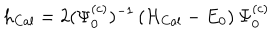
h _ { \mathrm { C a l } } = 2 ( \Psi _ { 0 } ^ { ( c ) } ) ^ { - 1 } \, ( { \cal H } _ { \mathrm { C a l } } - E _ { 0 } ) \, \Psi _ { 0 } ^ { ( c ) }